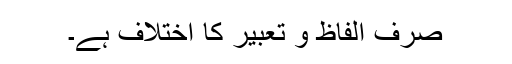
صرف الفاظ و تعبیر کا اختلاف ہے۔